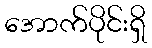
အောက်ပိုင်းရှိ